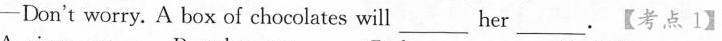
-Don't worry. box of chocolates will_ her_.【考点 1】